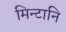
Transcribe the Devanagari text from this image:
मिन्टानि